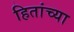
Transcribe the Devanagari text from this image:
हितांच्या